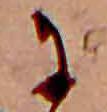
に